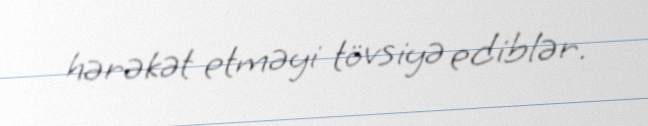
hərəkət etməyi tövsiyə ediblər.